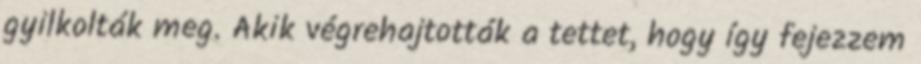
gyilkolták meg. Akik végrehajtották a tettet, hogy így fejezzem